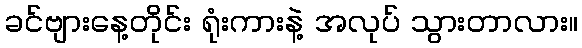
ခင်ဗျားနေ့တိုင်း ရုံးကားနဲ့ အလုပ် သွားတာလား။